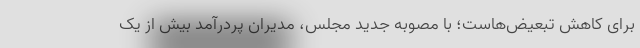
برای کاهش تبعیض‌هاست؛ با مصوبه جدید مجلس، مدیران پردرآمد بیش از یک